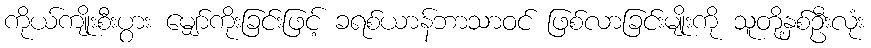
ကိုယ်ကျိုးစီးပွား မျှော်ကိုးခြင်းဖြင့် ခရစ်ယာန်ဘာသာဝင် ဖြစ်လာခြင်းမျိုးကို သူတို့နှစ်ဦးလုံး